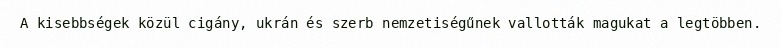
A kisebbségek közül cigány, ukrán és szerb nemzetiségűnek vallották magukat a legtöbben.